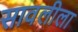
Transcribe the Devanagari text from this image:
सावलीला